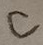
Text: C